Report of the Indian Hemp Drugs Commission, 1894-1895 - Volume IV
Year: 1894
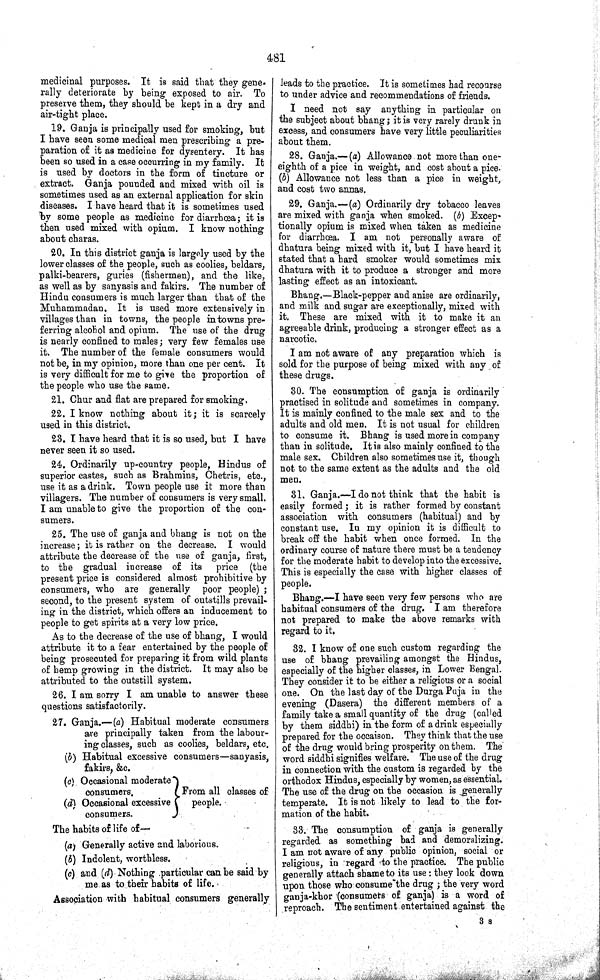
481
medicinal purposes. It is said that they gene-
rally deteriorate by being exposed to air. To
preserve them, they should be kept in a dry and
air-tight place.
19. Ganja is principally used for smoking, but
I have seen some medical men prescribing a pre-
paration of it as medicine for dysentery. It has
been so used in a case occurring in my family. It
is used by doctors in the form of tincture or
extract. Ganja pounded and mixed with oil is
sometimes used as an external application for skin
diseases. I have heard that it is sometimes used
by some people as medicine for diarrhoea; it is
then used mixed with opium. I know nothing
about charas.
20. In this district ganja is largely used by the
lower classes of the people, such as coolies, beldars,
palki-bearers, guries (fishermen), and the like,
as well as by sanyasis and fakirs. The number of
Hindu consumers is much larger than that of the
Muhammadan. It is used more extensively in
villages than in towns, the people in towns pre-
ferring alcohol and opium. The use of the drug
is nearly confined to males; very few females use
it. The number of the female consumers would
not be, in my opinion, more than one per cent. It
is very difficult for me to give the proportion of
the people who use the same.
21. Chur and flat are prepared for smoking.
22. I know nothing about it; it is scarcely
used in this district.
23. I have heard that it is so used, but I have
never seen it so used.
24. Ordinarily up-country people, Hindus of
superior castes, such as Brahmins, Chetris, etc.,
use it as a drink. Town people use it more than
villagers. The number of consumers is very small.
I am unable to give the proportion of the con-
sumers.
25. The use of ganja and bhang is not on the
increase; it is rather on the decrease. I would
attribute the decrease of the use of ganja, first,
to the gradual increase of its
price (the
present price is considered almost prohibitive by
consumers, who are generally poor people);
second, to the present system of outstills prevail-
ing in the district, which offers an inducement to
people to get spirits at a very low price.
As to the decrease of the use of bhang, I would
attribute it to a fear entertained by the people of
being prosecuted for preparing it from wild plants
of hemp growing in the district. It may also be
attributed to the outstill system.
26. I am sorry I am unable to answer these
questions satisfactorily.
27. Ganja.—(a) Habitual moderate consumers
are principally taken from the labour-
ing classes, such as coolies, beldars, etc.
(b) Habitual excessive consumers—sanyasis,
fakirs, &c.
(c) Occasional moderate
consumers.
From all classes of
(d) Occasional excessive
people.
consumers.
The habits of life of—
(a) Generally active and laborious.
(b) Indolent, worthless.
(c) and (d) Nothing particular can be said by
me as to their habits of life.
Association with habitual consumers generally
leads to the practice. It is sometimes had recourse
to under advice and recommendations of friends.
I need not say anything in particular on
the subject about bhang; it is very rarely drunk in
excess, and consumers have very little peculiarities
about them.
28. Ganja.—(a) Allowance not more than one-
eighth of a pice in weight, and cost about a pice.
(b) Allowance not less than a pice in weight,
and cost two annas.
29. Ganja.—(a) Ordinarily dry tobacco leaves
are mixed with ganja when smoked. (b) Excep-
tionally opium is mixed when taken as medicine
for diarrhœa. I am not personally aware of
dhatura being mixed with it, but I have heard it
stated that a hard smoker would sometimes mix
dhatura with it to produce a stronger and more
lasting effect as an intoxicant.
Bhang.—Black-pepper and anise are ordinarily,
and milk and sugar are exceptionally, mixed with
it. These are mixed with it to make it an
agreeable drink, producing a stronger effect as a
narcotic.
I am not aware of any preparation which is
sold for the purpose of being mixed with any of
these drugs.
30. The consumption of ganja is ordinarily
practised in solitude and sometimes in company.
It is mainly confined to the male sex and to the
adults and old men. It is not usual for children
to consume it. Bhang is used more in company
than in solitude. It is also mainly confined to the
male sex. Children also sometimes use it, though
not to the same extent as the adults and the old
men.
31. Ganja.—I do not think that the habit is
easily formed; it is rather formed by constant
association with consumers (habitual) and by
constant use. In my opinion it is difficult to
break off the habit when once formed. In the
ordinary course of nature there must be a tendency
for the moderate habit to develop into the excessive.
This is especially the case with higher classes of
people.
Bhang.—I have seen very few persons who are
habitual consumers of the drug. I am therefore
not prepared to make the above remarks with
regard to it.
32. I know of one such custom regarding the
use of bhang prevailing amongst the Hindus,
especially of the higher classes, in Lower Bengal.
They consider it to be either a religious or a social
one. On the last day of the Durga Puja in the
evening (Dasera) the different members of a
family take a small quantity of the drug (called
by them siddhi) in the form of a drink especially
prepared for the occaison. They think that the use
of the drug would bring prosperity on them. The
word siddhi signifies welfare. The use of the drug
in connection with the custom is regarded by the
orthodox Hindus, especially by women, as essential.
The use of the drug on the occasion is generally
temperate. It is not likely to lead to the for-
mation of the habit.
33. The consumption of ganja is generally
regarded as something bad and demoralizing.
I am not aware of any public opinion, social or
religious, in regard to the practice. The public
generally attach shame to its use: they look down
upon those who consume the drug; the very word
ganja-khor (consumers of ganja) is a word of
reproach. The sentiment entertained against the
3 S